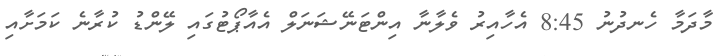
މާދަމާ ހެނދުނު 8:45 އެހާއިރު ވެލާނާ އިންޓަނޭޝަނަލް އެއާޕޯޓުގައި ލޭންޑު ކުރާނެ ކަމަށާއި